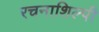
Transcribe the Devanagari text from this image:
रचनाशिल्पी